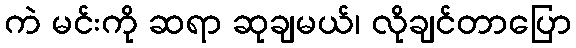
ကဲ မင်းကို ဆရာ ဆုချမယ်၊ လိုချင်တာပြော